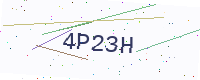
Text: 4P23H